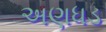
અણધડ